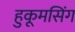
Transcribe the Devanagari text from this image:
हुकूमसिंग